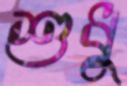
শুধু